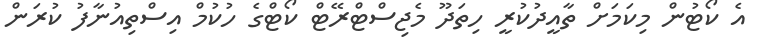
އެ ކޯޓުން މިކަމަށް ތާއީދުކުރީ ހިތަދޫ މެޖިސްޓްރޭޓް ކޯޓްގެ ހުކުމް އިސްތިއުނާފު ކުރަން